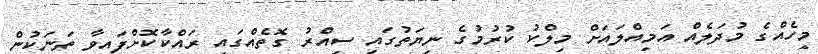
މީހެއްގެ މުދަލެއް އަމިއްލައަށް މިލްކު ކުރުމުގެ ނިޔަތުގައި ސިއްރު ގޮތެއްގައި ރައްކާކޮށްފައިވާ ތަނަކުން